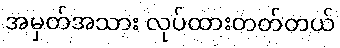
အမှတ်အသား လုပ်ထားတတ်တယ်